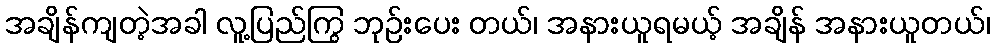
အချိန်ကျတဲ့အခါ လူ့ပြည်ကြွ ဘုဉ်းပေး တယ်၊ အနားယူရမယ့် အချိန် အနားယူတယ်၊